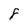
Character: 8